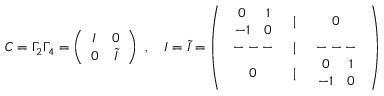
C = \Gamma _ { 2 } \Gamma _ { 4 } = \left( \begin{array} { c c } { { I } } & { { 0 } } \\ { { 0 } } & { { \widetilde { I } } } \end{array} \right) \ , \quad I = \widetilde { I } = \left( \begin{array} { c c c } { { \begin{array} { c c } { { 0 } } & { { 1 } } \\ { { - 1 } } & { { 0 } } \end{array} } } & { { | } } & { { 0 } } \\ { { --- } } & { { | } } & { { --- } } \\ { { 0 } } & { { | } } & { { \begin{array} { c c } { { 0 } } & { { 1 } } \\ { { - 1 } } & { { 0 } } \end{array} } } \end{array} \right)